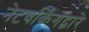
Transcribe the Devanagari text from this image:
नेटवर्किंगद्वारे